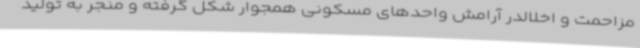
مزاحمت و اخلالدر آرامش واحدهای مسکونی همجوار شکل گرفته و منجر به تولید